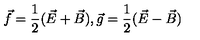
\vec { f } = \frac { 1 } { 2 } ( \vec { E } + \vec { B } ) , \vec { g } = \frac { 1 } { 2 } ( \vec { E } - \vec { B } )